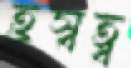
হ্রস্বত্ব